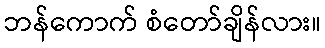
ဘန်ကောက် စံတော်ချိန်လား။